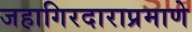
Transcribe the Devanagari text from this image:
जहागिरदाराप्रमाणे